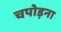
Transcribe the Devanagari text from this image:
चपोड़ना